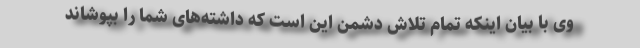
وی با بیان اینکه تمام تلاش دشمن این است که داشته‌های شما را بپوشاند